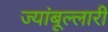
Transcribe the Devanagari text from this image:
ज्यांबूल्लारी